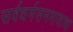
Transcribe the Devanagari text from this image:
सर्वधर्मसमभावाचा